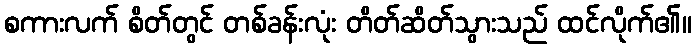
စကားလက် စိတ်တွင် တစ်ခန်းလုံး တိတ်ဆိတ်သွားသည် ထင်လိုက်၏။